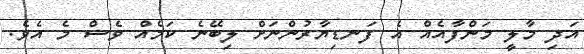
އަދި މާލީ މަންފާއެއް އެ ފަނޑިޔާރުންނަށް ލިބޭނެ ކަމެއް ވެސް މެ އެވެ.